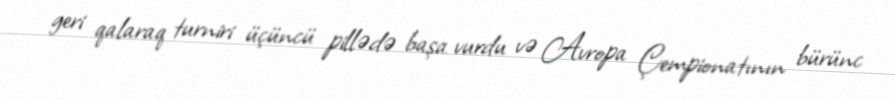
geri qalaraq turniri üçüncü pillədə başa vurdu və Avropa Çempionatının bürünc